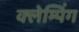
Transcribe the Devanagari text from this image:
क्लेम्पिंग